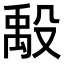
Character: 𬆪